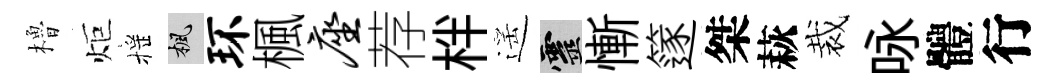
櫓炬摇楓环楓座荐柈遥靈慚篴桀萩裁咏體行